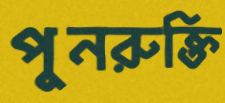
পুনরুক্তি